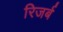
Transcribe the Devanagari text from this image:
रिजर्ब